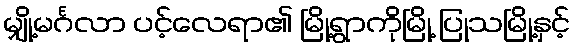
မျှို့မင်္ဂလာ ပင့်လေရာ၏ မြို့ရွာကိုမြို့ ပြုသမြို့နှင့်